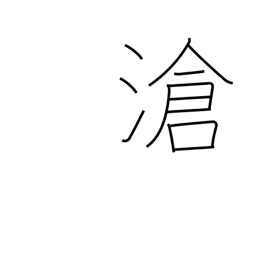
Meaning: ocean